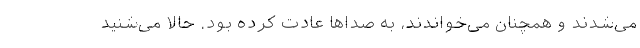
می‌شدند و همچنان می‌خواندند، به صداها عادت کرده بود. حالا می‌شنید